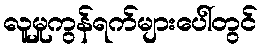
လူမှုကွန်ရက်များပေါ်တွင်